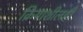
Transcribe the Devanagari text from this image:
क्रियाशीलही